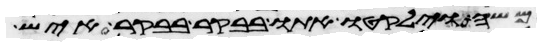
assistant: משה וילקטו אתו בבקר בבקר איש